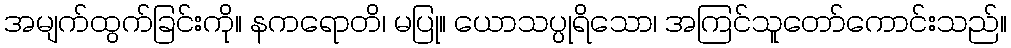
အမျက်ထွက်ခြင်းကို။ နကရောတိ၊ မပြု။ ယောသပ္ပုရိသော၊ အကြင်သူတော်ကောင်းသည်။